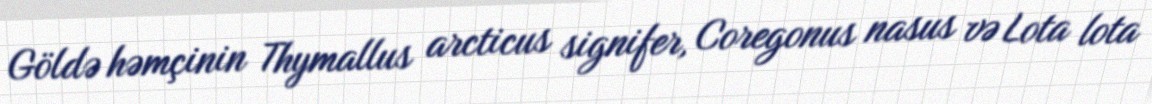
Göldə həmçinin Thymallus arcticus signifer, Coregonus nasus və Lota lota